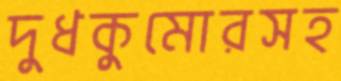
দুধকুমোরসহ